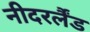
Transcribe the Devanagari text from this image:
नीदरर्लैंड